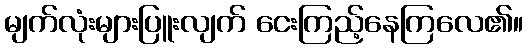
မျက်လုံးများပြူးလျက် ငေးကြည့်နေကြလေ၏။